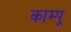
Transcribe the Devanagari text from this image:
काम्पू